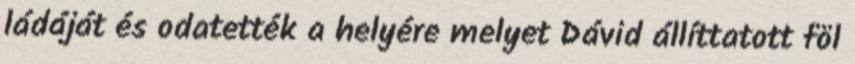
ládáját és odatették a helyére melyet Dávid állíttatott föl